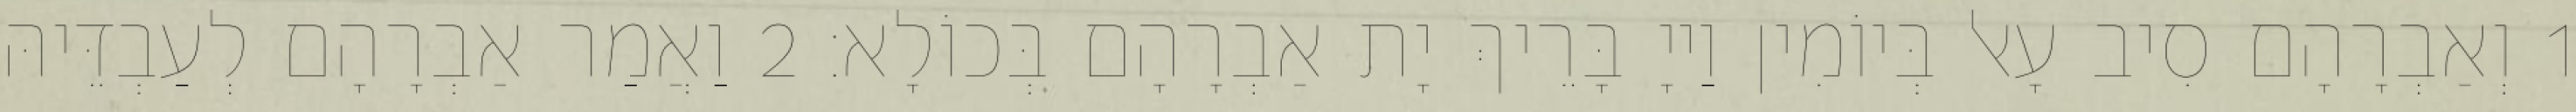
1 וְאַבְרָהָם סִיב עָאל בְּיוֹמִין וַייָ בָּרֵיךְ יָת אַבְרָהָם בְּכוֹלָא׃ 2 וַאֲמַר אַבְרָהָם לְעַבְדֵּיהּ